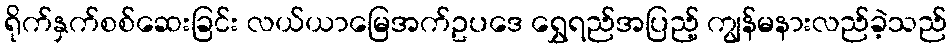
ရိုက်နှက်စစ်ဆေးခြင်း လယ်ယာမြေအက်ဥပဒေ ရွှေရည်အပြည့် ကျွန်မနားလည်ခဲ့သည်